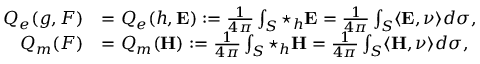
\begin{array} { r l } { Q _ { e } ( g , F ) } & { = Q _ { e } ( h , \mathbf { E } ) : = \frac { 1 } { 4 \pi } \int _ { S } \star _ { h } \mathbf { E } = \frac { 1 } { 4 \pi } \int _ { S } \langle \mathbf { E } , \nu \rangle d \sigma , } \\ { Q _ { m } ( F ) } & { = Q _ { m } ( \mathbf { H } ) : = \frac { 1 } { 4 \pi } \int _ { S } \star _ { h } \mathbf { H } = \frac { 1 } { 4 \pi } \int _ { S } \langle \mathbf { H } , \nu \rangle d \sigma , } \end{array}